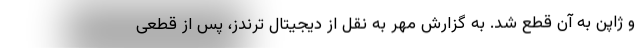
و ژاپن به آن قطع شد. به گزارش مهر به نقل از دیجیتال ترندز، پس از قطعی